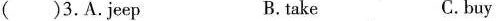
( )3.A.Jeep B.take C.buy